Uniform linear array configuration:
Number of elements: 12
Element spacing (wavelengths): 0.5
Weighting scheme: hann
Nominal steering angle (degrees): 45
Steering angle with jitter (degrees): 46.978
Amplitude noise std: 0.05
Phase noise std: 0.05

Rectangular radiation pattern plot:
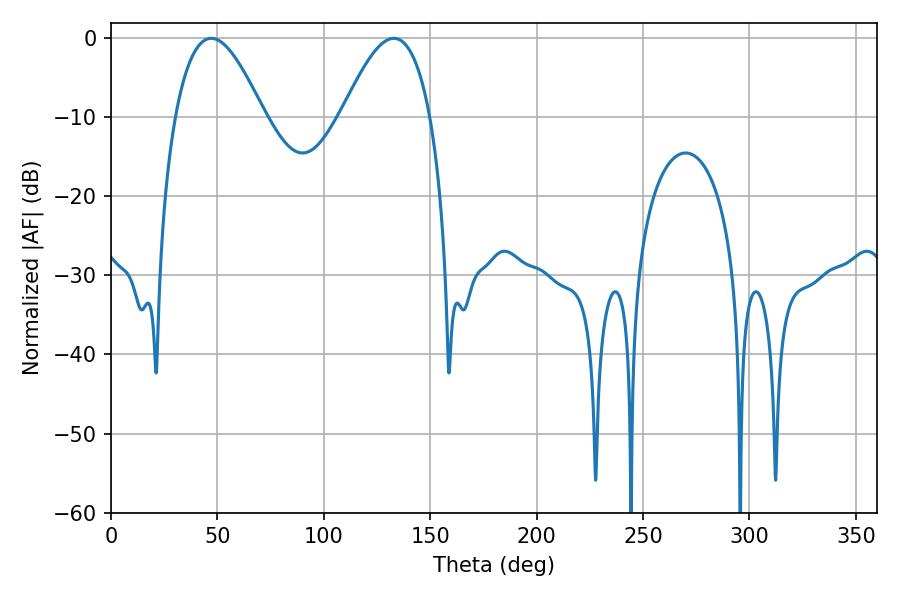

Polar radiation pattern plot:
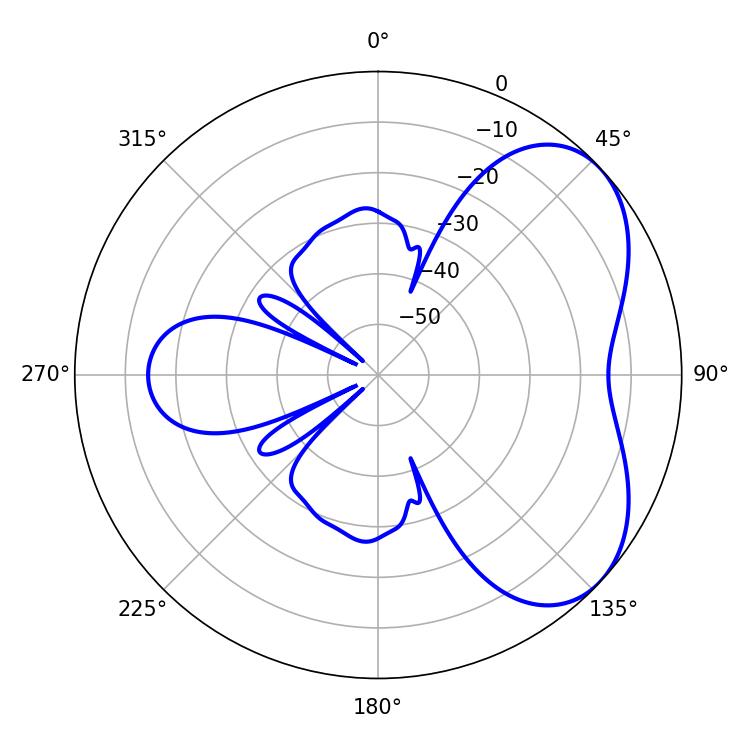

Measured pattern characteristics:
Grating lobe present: FALSE
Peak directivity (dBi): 4.91
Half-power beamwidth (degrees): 22.68
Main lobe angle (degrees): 47.16